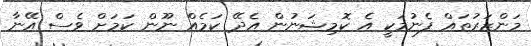
މަންޒަރުތައް ފެނުމަކީ އެ ކޮމިޝަނުން އެދޭ ކަމެއް ނޫން ކަމަށް ވެސް އޭނާ